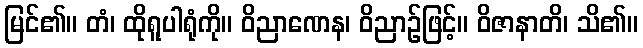
မြင်၏။ တံ၊ ထိုရူပါရုံကို။ ဝိညာဏေန၊ ဝိညာဉ်ဖြင့်။ ဝိဇာနာတိ၊ သိ၏။